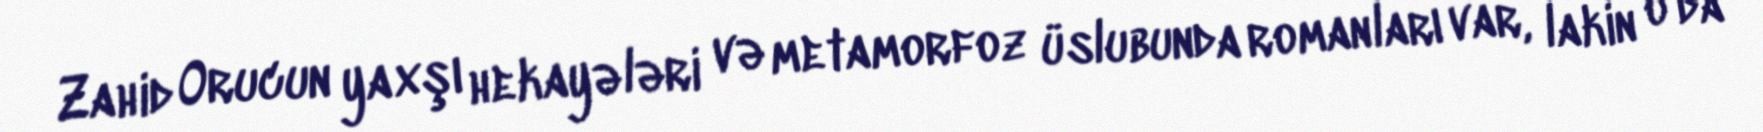
Zahid Orucun yaxşı hekayələri və metamorfoz üslubunda romanları var, lakin o da